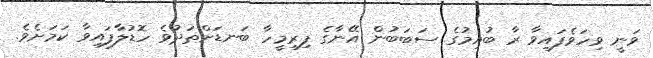
ވަނީ ވިހަވެފައިވާ ރާ ބުއިމުގެ ސަބަބުން އޭނާގެ ފިރިމީހާ ބަނޑަށްތަދުވެ ހޮޑުލާފައިވާ ކަމަށެވެ.